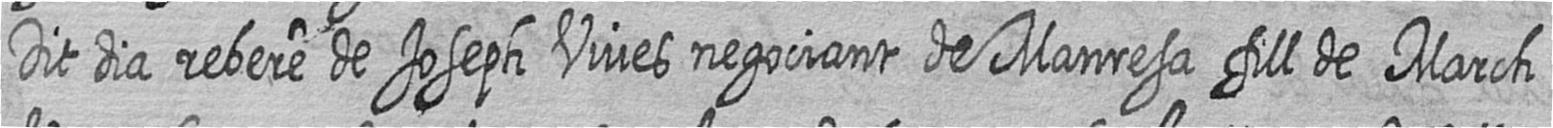
Dit dia rebere de Joseph Vives negociant de Manresa fill de March